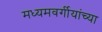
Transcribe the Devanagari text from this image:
मध्यमवर्गीयांच्या